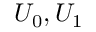
U _ { 0 } , U _ { 1 }